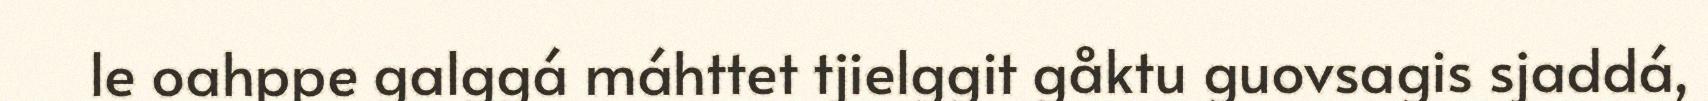
le oahppe galggá máhttet tjielggit gåktu guovsagis sjaddá,